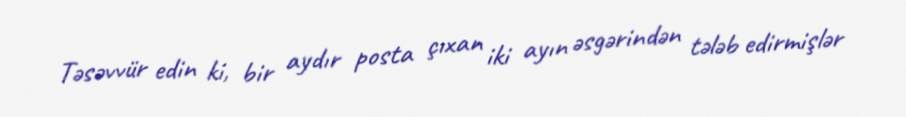
Təsəvvür edin ki, bir aydır posta çıxan iki ayın əsgərindən tələb edirmişlər